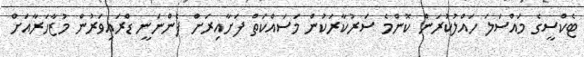
ޓެކްސީގެ މައްސަލަ ހައްލުކުރަން ކޮންމެ ސަރުކާރަކުން މަސައްކަތް ފަށާއިރަށް ފެންނަނީ ޑްރައިވަރުން މުޒާހަރާއަށް